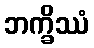
ဘက္ခိဿံ